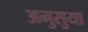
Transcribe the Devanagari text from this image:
अनुसुया